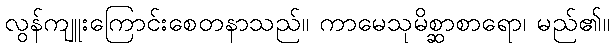
လွန်ကျူးကြောင်းစေတနာသည်။ ကာမေသုမိစ္ဆာစာရော၊ မည်၏။